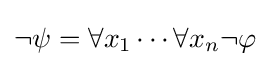
\neg \psi =\forall x_{1}\cdots \forall x_{n}\neg \varphi